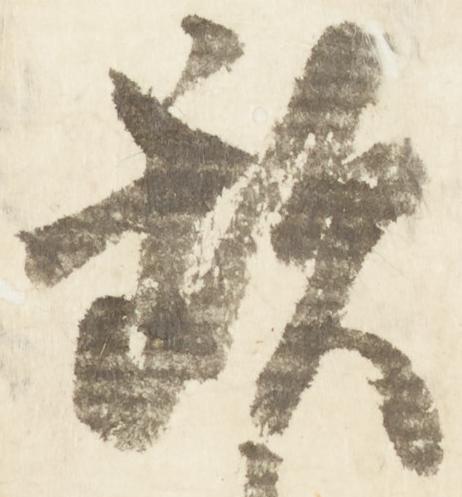
歎